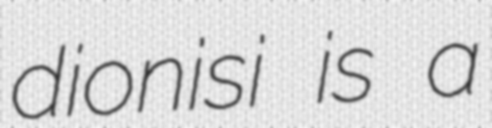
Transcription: dionisi is a